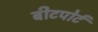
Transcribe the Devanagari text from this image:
बीटपोर्ट